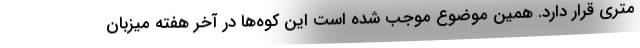
متری قرار دارد. همین موضوع موجب شده است این کوه‌ها در آخر هفته میزبان